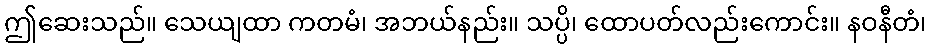
ဤဆေးသည်။ သေယျထာ ကတမံ၊ အဘယ်နည်း။ သပ္ပိ၊ ထောပတ်လည်းကောင်း။ နဝနီတံ၊